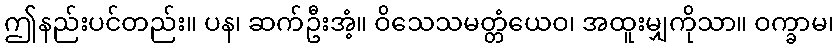
ဤနည်းပင်တည်း။ ပန၊ ဆက်ဦးအံ့။ ဝိသေသမတ္တံယေဝ၊ အထူးမျှကိုသာ။ ဝက္ခာမ၊